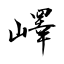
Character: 嶧